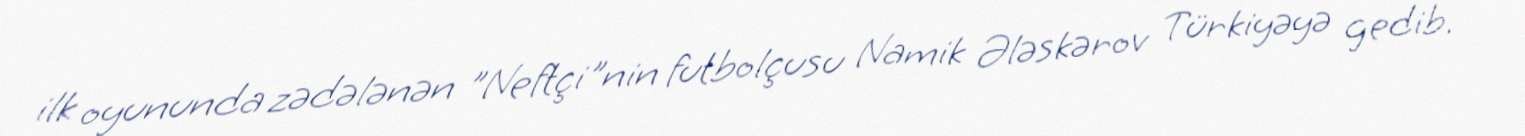
ilk oyununda zədələnən "Neftçi"nin futbolçusu Namik Ələskərov Türkiyəyə gedib.